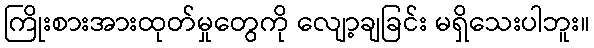
ကြိုးစားအားထုတ်မှုတွေကို လျော့ချခြင်း မရှိသေးပါဘူး။